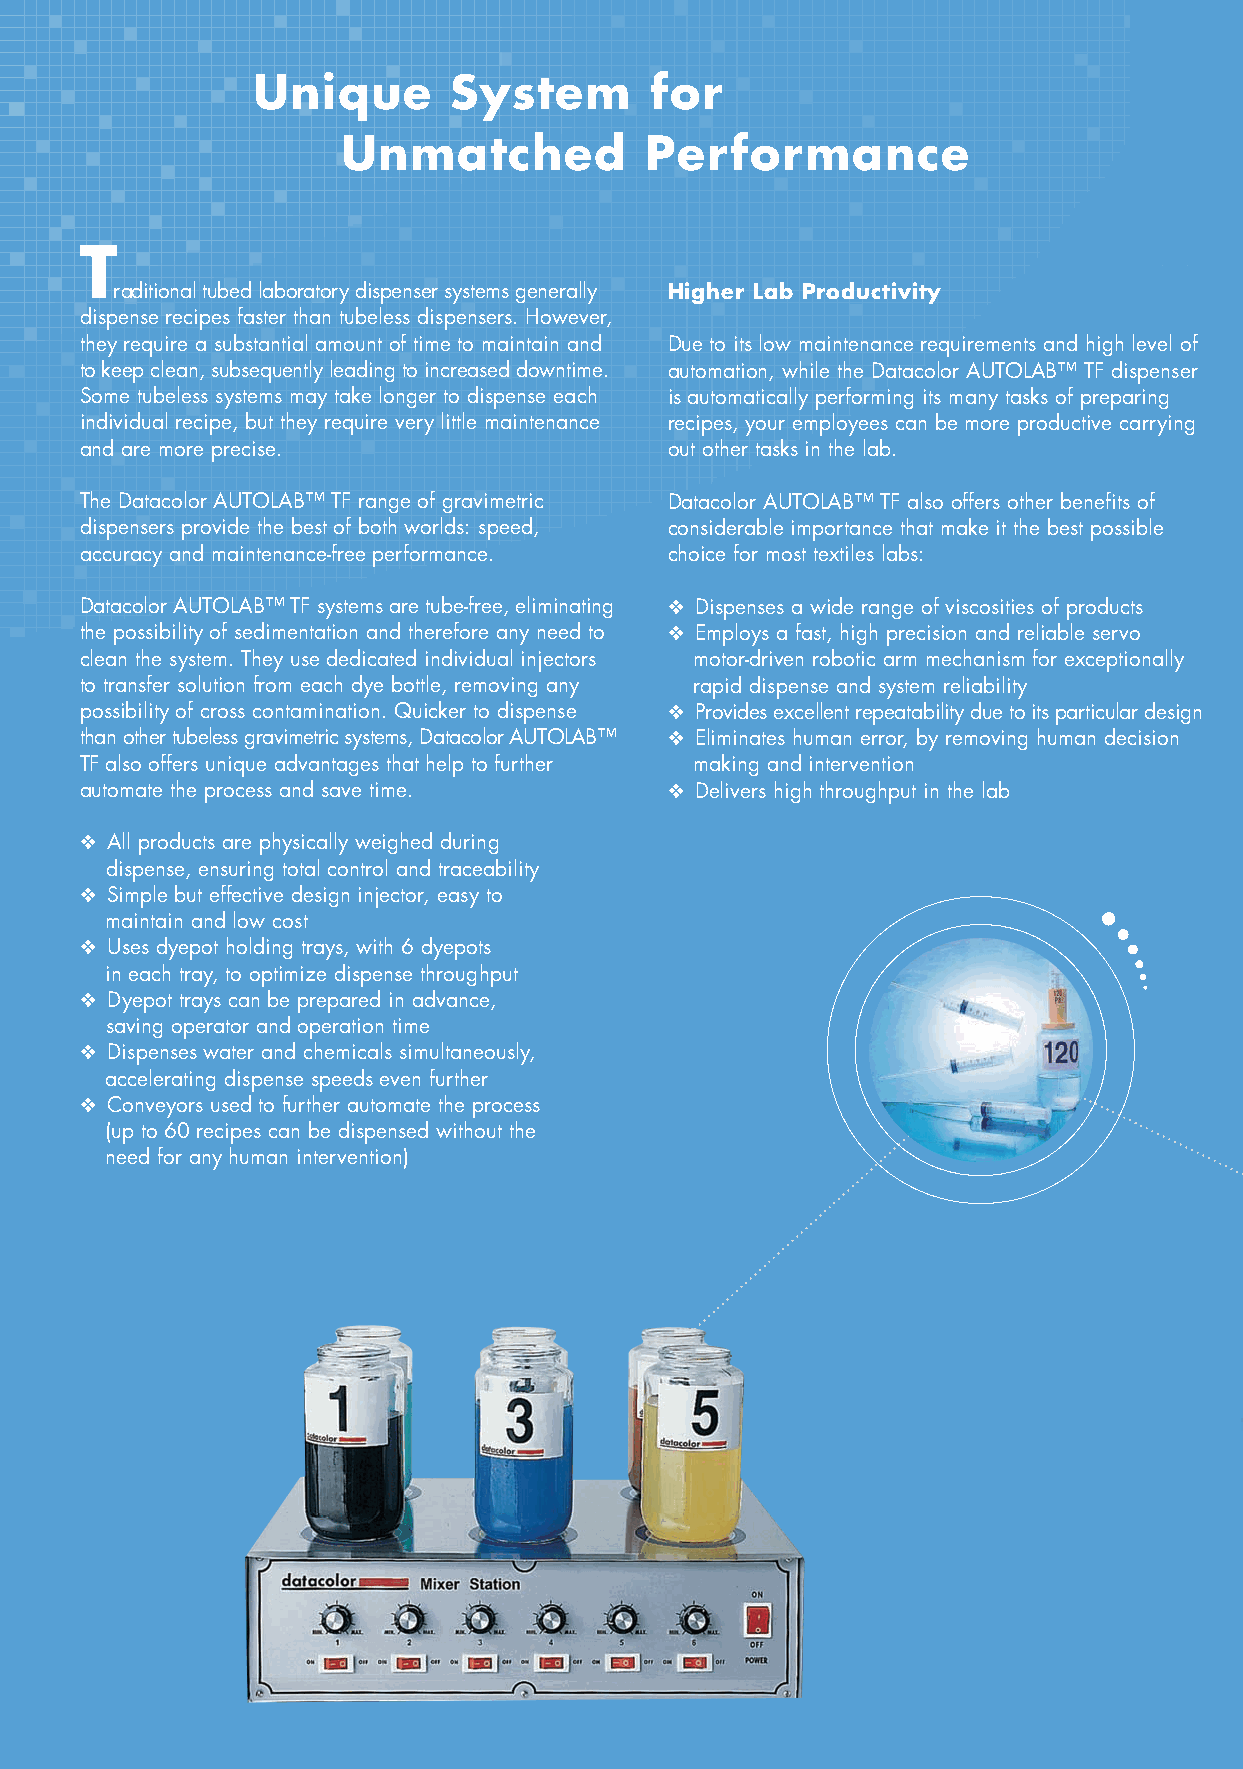
Unique       System       for
 Unmatched           Performance
 Because Color Matters
 As products within Datacolor SPECTRUM™, the complete
 AUTOLAB SPS
 solution for successful global color management,
 T
 Datacolor AUTOLAB™ TF and AUTOLAB™ SPS are able
 raditional tubed laboratory dispenser systems generally Higher Lab Productivity                                        to grow as your needs grow. They can run stand alone or
 dispense recipes faster than tubeless dispensers. However,                                                               be optimized to operate as an integrated part of the
 they require a substantial amount of time to maintain and Due to its low maintenance requirements and high level of      Datacolor SPECTRUM™ solution for controlling all aspects
 to keep clean, subsequently leading to increased downtime. automation, while the Datacolor AUTOLAB™ TF dispenser         of color management. This helps companies innovate
 Some tubeless systems may take longer to dispense each is automatically performing its many tasks of preparing           faster, ensure consistent color quality, reduce the cost of
 individual recipe, but they require very little maintenance recipes, your employees can be more productive carrying      production and accelerate their product’s speed to market.
 and are more precise.                  out other tasks in the lab.                Faster Startup, Less Downtime          Because color matters, leading businesses worldwide
 choose Datacolor’s innovative technology and solutions
 The Datacolor AUTOLAB™ TF range of gravimetric Datacolor AUTOLAB™ TF also offers other benefits of With Datacolor AUTOLAB™ TF, there are no dispense to consistently achieve the right color.
 dispensers provide the best of both worlds: speed, considerable importance that make it the best possible tubes, valves or valve wires to maintain or clean. Because
 accuracy and maintenance-free performance. choice for most textiles labs:         there is also no need to calibrate injectors, startup is
 accelerated and downtime and long-term maintenance are
 Datacolor AUTOLAB™ TF systems are tube-free, eliminating ❖ Dispenses a wide range of viscosities of products minimized. And Datacolor AUTOLAB™ TF lab dispensers
 the possibility of sedimentation and therefore any need to ❖ Employs a fast, high precision and reliable servo are easy to operate. Datacolor’s simple and highly effective
 clean the system. They use dedicated individual injectors motor-driven robotic arm mechanism for exceptionally control method uses PLC control and Windows® XP-based
 to transfer solution from each dye bottle, removing any rapid dispense and system reliability software, ensuring reliable operation and minimal
 possibility of cross contamination. Quicker to dispense ❖ Provides excellent repeatability due to its particular design maintenance.
 than other tubeless gravimetric systems, Datacolor AUTOLAB™ ❖ Eliminates human error, by removing human decision
 TF also offers unique advantages that help to further making and intervention     Stable, Accurate and Consistent Solutions
 automate the process and save time.    ❖ Delivers high throughput in the lab
 In addition to the AUTOLAB™ TF range of dispensers,
 ❖ All products are physically weighed during                                      Datacolor also provides a range of automated solution
 dispense, ensuring total control and traceability                                preparation systems, AUTOLAB™ SPS, to ensure that dye
 ❖ Simple but effective design injector, easy to                                   solutions used in the lab and on the dispenser are
 maintain and low cost                                                            prepared accurately and consistently.
 ❖ Uses dyepot holding trays, with 6 dyepots
 in each tray, to optimize dispense throughput
 ❖ Dyepot trays can be prepared in advance,
 saving operator and operation time
 ❖ Dispenses water and chemicals simultaneously,
 accelerating dispense speeds even further
 ❖ Conveyors used to further automate the process
 (up to 60 recipes can be dispensed without the
 TF-128
 need for any human intervention)